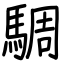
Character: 騆